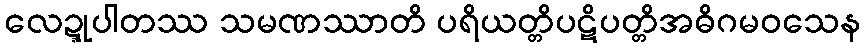
လေဍ္ဍုပါတဿ သမဏဿာတိ ပရိယတ္တိပဋိပတ္တိအဓိဂမဝသေန